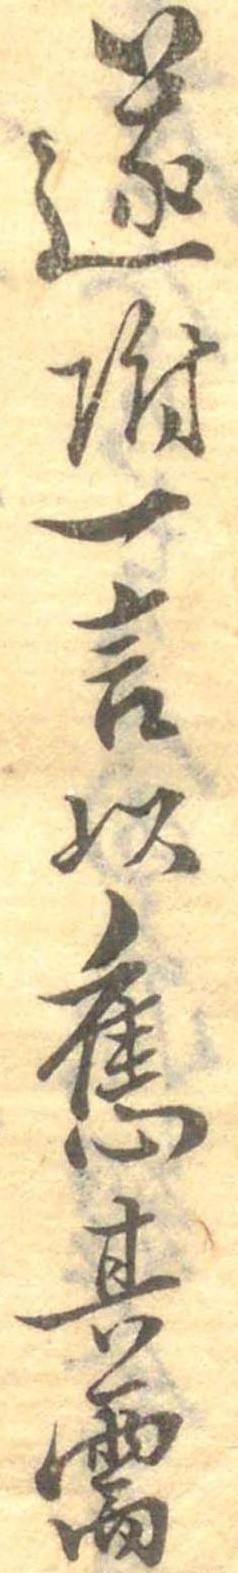
遂附一言以応其需